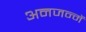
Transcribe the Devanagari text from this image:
अनजन्में